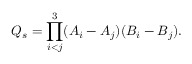
Q _ { s } = \prod _ { i < j } ^ { 3 } ( A _ { i } - A _ { j } ) ( B _ { i } - B _ { j } ) .